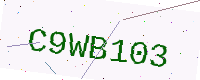
Text: C9WB103